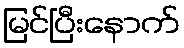
မြင်ပြီးနောက်